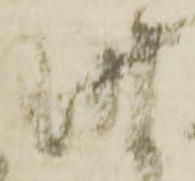
昨